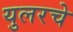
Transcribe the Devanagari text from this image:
युलरचे